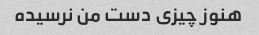
هنوز چیزی دست من نرسیده